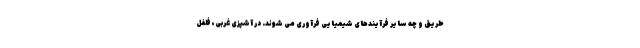
طریق و چه سایر فرآیندهای شیمیایی فرآوری می شوند. در آشپزی غربی، فلفل